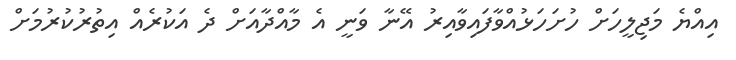
އިއްޔެ މަޖިލީހަށް ހުށަހަޅުއްވާފައިވާއިރު އޭނާ ވަނީ އެ މާއްދާއަށް ދެ އަކުރެއް އިތުރުކުރުމަށް